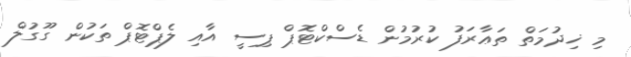
މި ޚިދުމަތް ތަޢާރަފު ކުރުމުން ޑެސްކްޓޮޕް ޕިސީ އާއި ލެޕްޓޮޕް ތަކުން ގޫގުލް